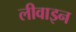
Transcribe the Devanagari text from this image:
लीवाइन